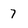
Character: 7